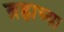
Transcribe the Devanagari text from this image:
ब्रह्राच्या